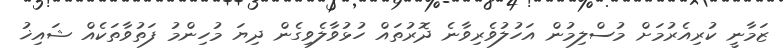
ޒަމާނީ ކުރިއެރުމަށް މުސްލިމުން އަހުލުވެރިވާނެ ދޮރުތައް ހުޅުވާލެވިގެން ދިޔަ މުހިންމު ފަތުވާތަކެއް ޝައިޚު